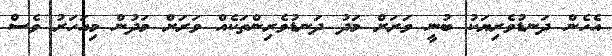
އެހެން ދަނޑުވެރިޔަކު ބުނީ ވަރަށް މަދު ދަނޑުވެރިންތަކެއް ވަރަށް މަދުން މިއަހަރު ވެސް